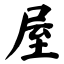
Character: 屋